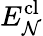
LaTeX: E_{\mathcal{N}}^{\textrm{cl}}